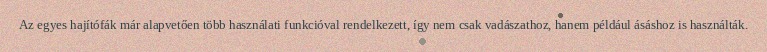
Az egyes hajítófák már alapvetően több használati funkcióval rendelkezett, így nem csak vadászathoz, hanem például ásáshoz is használták.